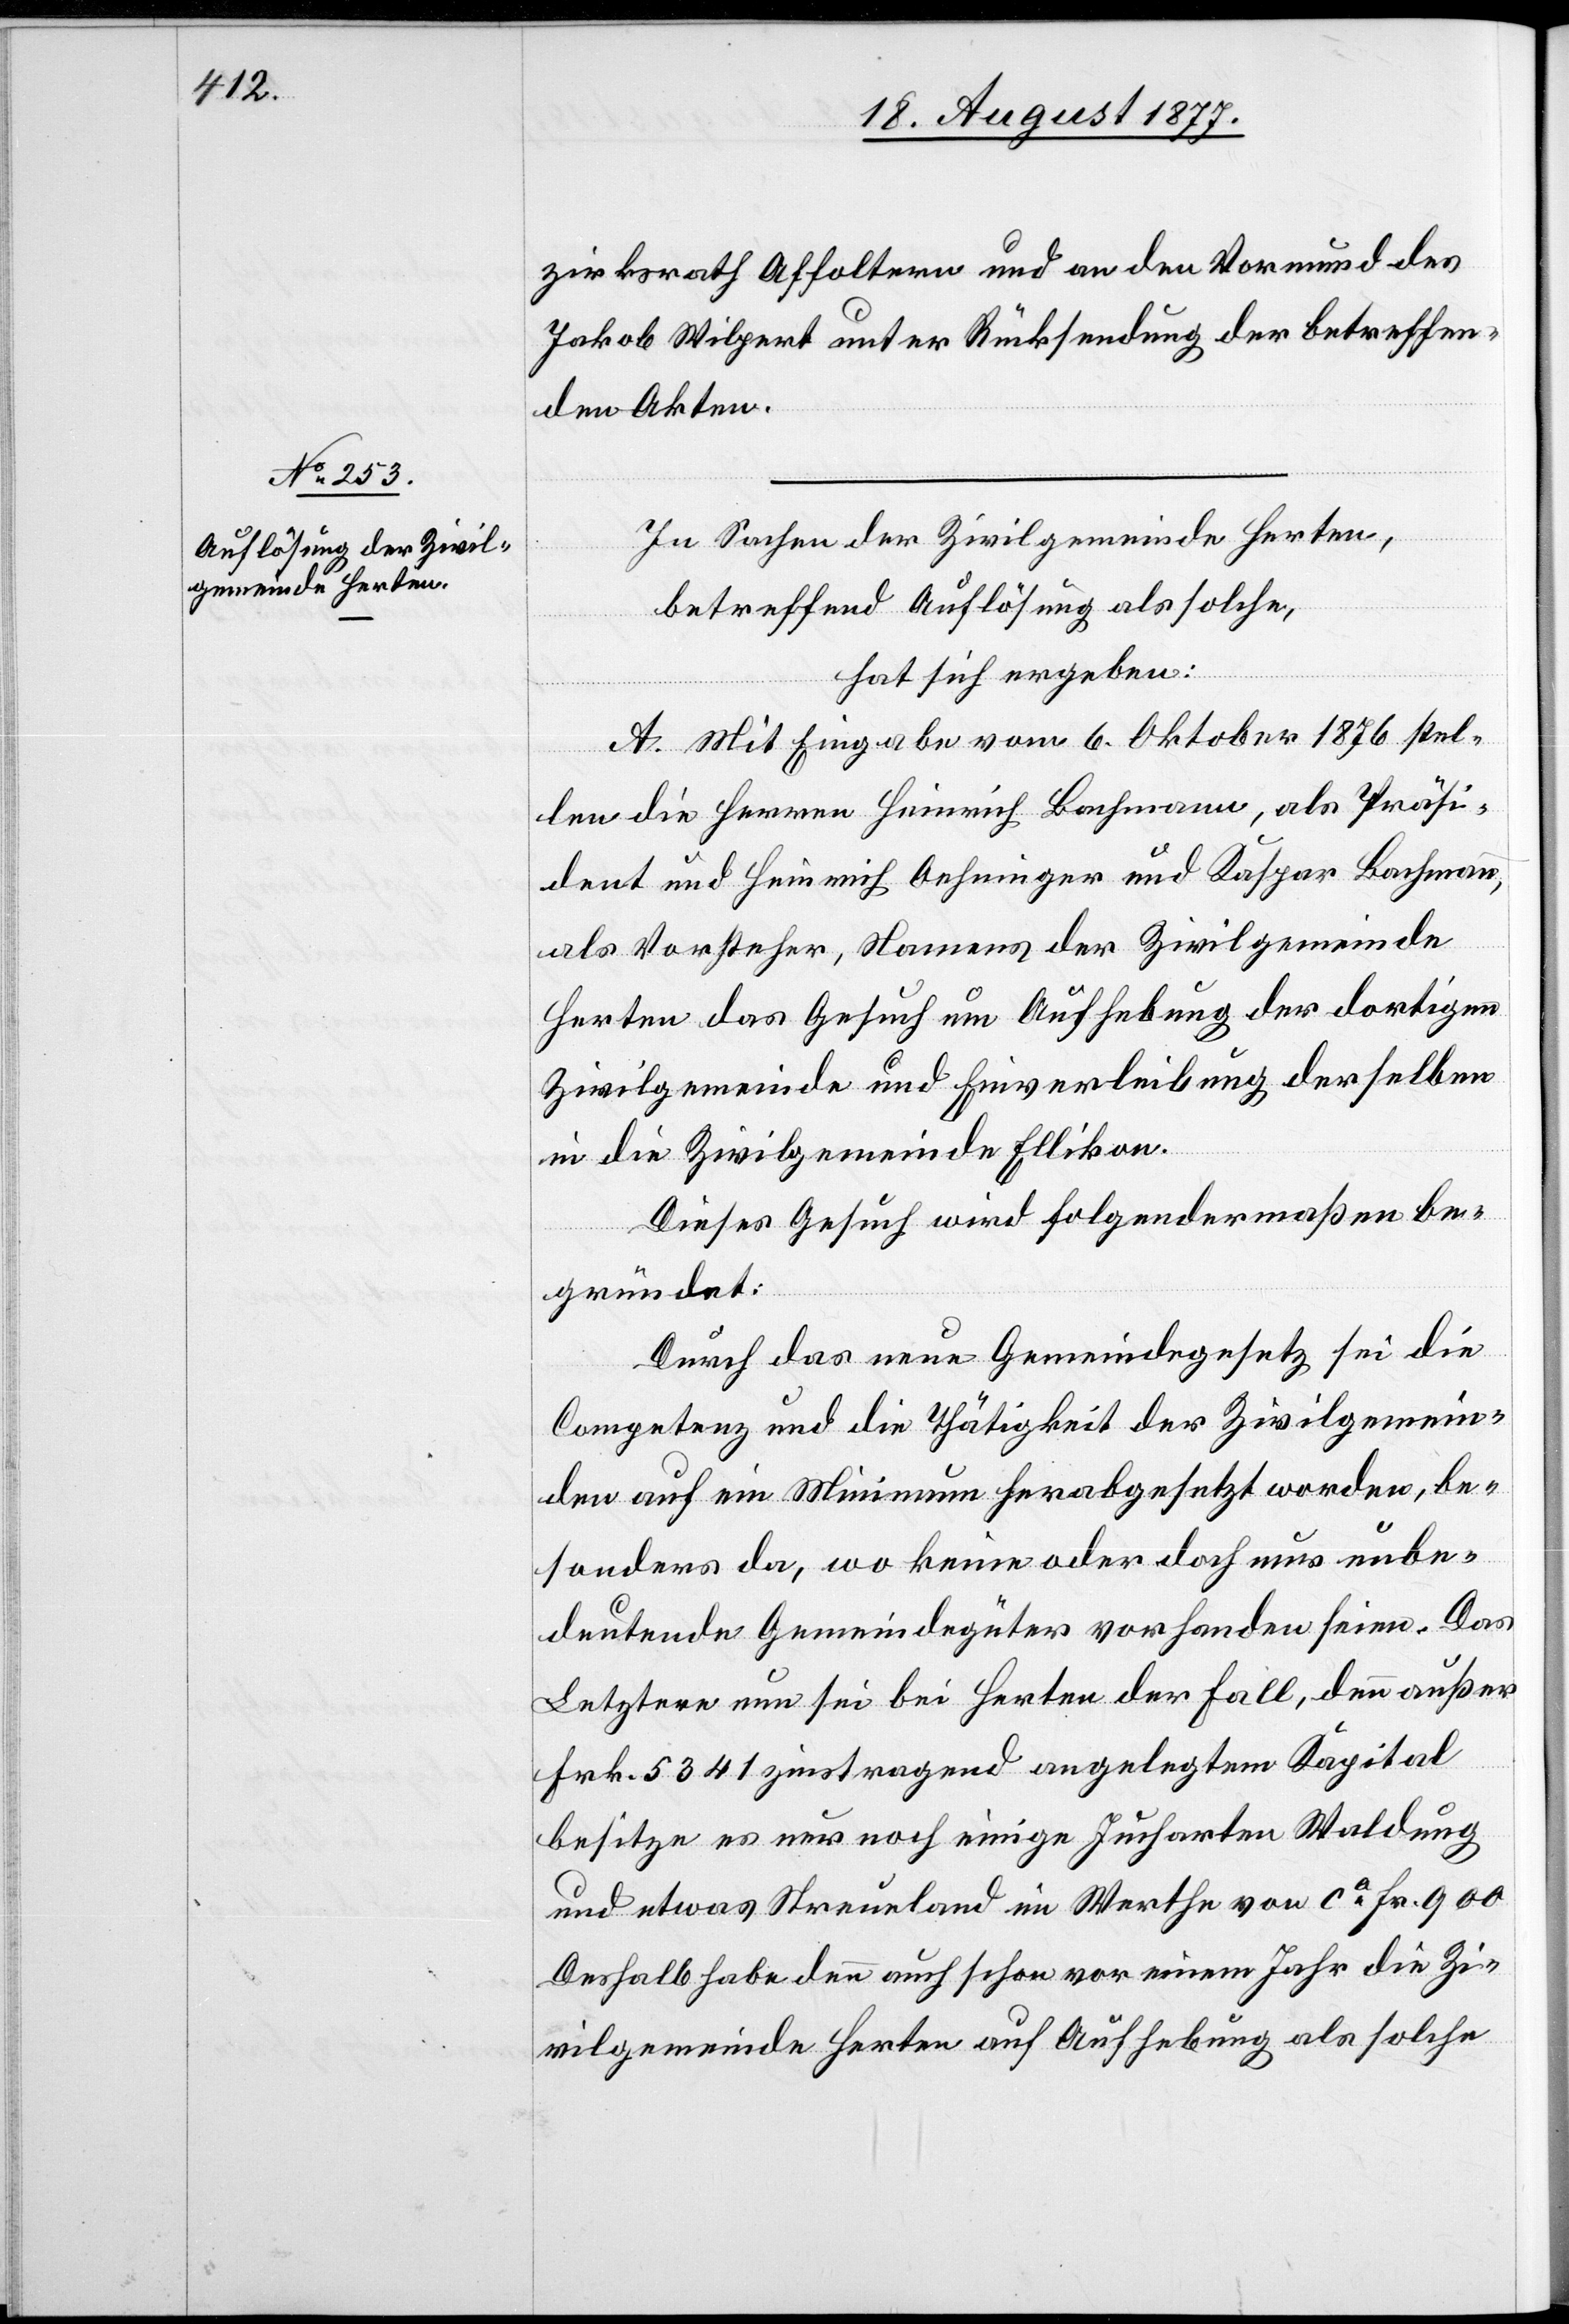
zirksrath Affoltern und an den Vormund des
Jakob Wilpert unter Rücksendung der betreffen¬
den Akten.
In Sachen der Zivilgemeinde Herten,
betreffend Auflösung als solche,
hat sich ergeben:
A. Mit Eingabe vom 6. Oktober 1876 stel¬
len die Herren Heinrich Bachmann, als Präsi¬
dent und Heinrich Oehninger und Kaspar Bachmann,
als Vorsteher, Namens der Zivilgemeinde
Herten das Gesuch um Aufhebung der dortigen
Zivilgemeinde und Einverleibung derselben
in die Zivilgemeinde Ellikon.
Dieses Gesuch wird folgendermaßen be¬
gründet:
Durch das neue Gemeindegesetz sei die
Competenz und die Thätigkeit der Zivilgemein¬
den auf ein Minimum herabgesetzt worden, be¬
sonders da, wo keine oder doch nur unbe¬
deutende Gemeindegüter vorhanden seien. Das
Letztere nun sei bei Herten der Fall, denn außer
Frk. 5341 zinstragend angelegtem Kapital
besitze es nur noch einige Jucharten Waldung
und etwas Streueland im Werthe von ca Fr. 900[.]
Deshalb habe denn auch schon vor einem Jahr die Zi¬
vilgemeinde Herten auf Aufhebung als solche